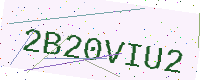
Text: 2B20VIU2